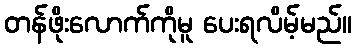
တန်ဖိုးလောက်ကိုမူ ပေးရလိမ့်မည်။